Vaccination report Assam 1874-1896 - 1874-1896
Year: 1874
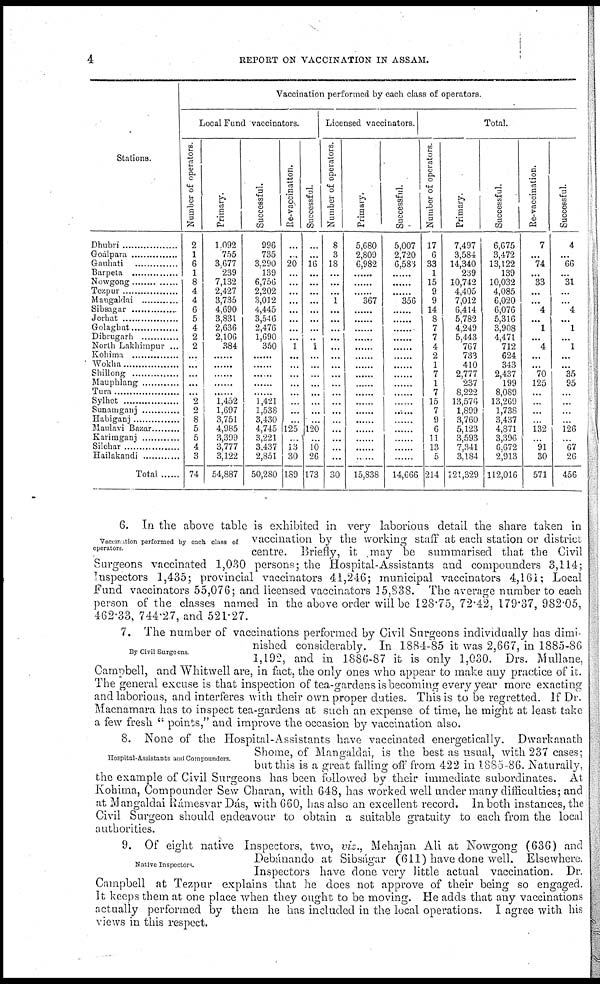
4
REPORT ON VACCINATION IN ASSAM.
Stations.
Dhubri..................
Goalpara..................
Gauhati..................
Barpeta..................
Nowgong..................
Tezpur..................
Mangaldai..................
Sibsagar..................
Jorhat..................
Golaghat..................
Dibrughat..................
North Lakhimpur ...
Kohima
Wokha
Shillong..................
Mauphlang
Tura
Sylhet
Sunamganj..................
Habiganj..................
Maulavi Bazar..................
Karimganj..................
Silchar..................
Hailakandi..................
Total
Vaccination performed by each class of operators.
Local Fund vaccinators.
Number of operators.
2
1
6
1
8
4
4
6
5
4
2
2
...
...
...
...
... 9
2
8
5
5
4
3
74
Primary.
1,092
755
3,677
239
7,132
2,427
3,735
4,690
3,831
2,636
2,106
384
...
...
...
...
...
1,452
1,697
3,751
4,985
3,399
3,777
3,122
54,887
Successful.
996
735
3,290
139
6,756
2,202
3,012
4,445
3,546
2,476
1,690
350
...
...
...
...
1,421
1,538
3,430
4,745
3,221
3,437
2,851
50,280
Re-vaccinatton.
...
...
20
...
...
...
...
...
...
...
...
1
...
...
...
...
...
...
...
...
125
...
13
30
189
Successful.
...
...
16
...
...
...
...
...
...
...
..
1
...
...
...
...
...
...
...
...
120
...
10
26
173
Licensed vaccinators.
Number of operators.
8
3
18
...
...
...
1
...
...
...
...
...
...
...
...
...
...
...
...
...
...
...
...
...
30
Primary.
5,680
2,809
6,982
...
...
...
367
...
...
...
...
...
...
...
...
...
...
...
...
...
...
...
...
...
15,838
Successful.
5,007
2,720
6,583
...
...
...
356
...
...
...
...
...
...
...
...
...
...
...
...
...
...
...
...
...
14,666
Total.
Number of operators.
17
6
33
1
15
9
9
14
8
7
7
4
2
1
7
1
7
15
7
9
6
11
13
5
214
Primary.
7,497
3,584
14,340
239
10,742
4,405
7,012
6,414
5,782
4,249
5,443
767
733
410
2,777
237
8,222
13,576
1,899
3,760
5,123
3,593
7,341
3,184
121,329
Successful.
6,675
3,172
13,122
139
10,032
4,085
6,020
6,076
5,316
3,908
4,471
712
624
343
2,437
199
8,089
13,269
1,738
3,437
4,871
3,396
6,672
2,913
112,016
Re-vaccination.
7
...
74
...
33
...
...
4
...
1
...
4
...
...
70
125
...
...
...
...
132
...
91
30
571
Successful.
4
...
66
...
31
...
...
4
...
1
...
1
...
...
35
95
...
...
...
...
126
...
67
26
456
Vaccination performed by each class of
operators
6. In the above table is exhibited in very laborious detail the share taken in
vaccination by the working staff at each station or district
centre. Briefly, it may be summarised that the Civil
Surgeons vaccinated 1,030 persons; the Hospital-Assistants and compounders 3,114;
Inspectors 1,435; provincial vaccinators 41,246; municipal vaccinators 4,161; Local
Fund vaccinators 55,076; and licensed vaccinators 15,838. The average number to each
person of the classes named in the above order will be 128.75, 72.42, 179.37, 982.05,
462.33, 744.27, and 521.27.
By Civil Surgeons
7. The number of vaccinations performed by Civil Surgeons individually has dimi-
nished considerably. In 1884-85 it was 2,667, in 1885-86
1,192, and in 1886-87 it is only 1,030. Drs. Mullane,
Campbell, and Whitwell are, in fact, the only ones who appear to make any practice of it.
The general excuse is that inspection of tea-gardens is becoming every year more exacting
and laborious, and interferes with their own proper duties. This is to be regretted. If Dr.
Macnamara has to inspect tea-gardens at such an expense of time, he might at least take
a few fresh " points," and improve the occasion by vaccination also.
Hospital-Assistants and Compounders
8. None of the Hospilal-Assistants have vaccinated energetically. Dwarkanath
Shome, of Mangaldai, is the best as usual, with 237 cases;
but this is a great falling off from 422 in 1885 86. Naturally,
the example of Civil Surgeons has been followed by their immediate subordinates. At
Kohima, Compounder Sew Charan, with 648, has worked well under many difficulties; and
at Mangaldai Rámesvar Dás, with 660, has also an excellent record. In both instances, the
Civil Surgeon should endeavour to obtain a suitable gratuity to each from the local
authorities.
Native Inspectors.
9. Of eight native Inspectors, two, viz., Mehajan Ali at Nowgong (636) and
Debánando at Sibságar (611) have done well. Elsewhere.
Inspectors have done very little actual vaccination. Dr.
Campbell at Tezpur explains that he does not approve of their being so engaged.
It keeps them at one place when they ought to be moving. He adds that any vaccinations
actually performed by them he has included in the local operations. I agree with his
views in this respect.